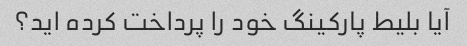
آیا بلیط پارکینگ خود را پرداخت کرده اید؟